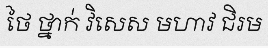
ថៃ ថ្នាក់ វិសេស មហាវ ជិរម